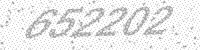
Solution: 652202